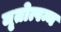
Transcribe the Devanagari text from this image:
मृतोत्पन्न